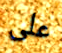
على